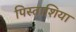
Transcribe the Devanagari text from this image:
पिस्ताशिया